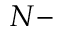
N -